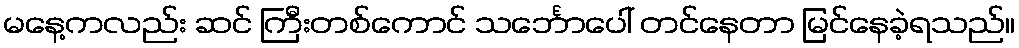
မနေ့ကလည်း ဆင် ကြီးတစ်ကောင် သင်္ဘောပေါ် တင်နေတာ မြင်နေခဲ့ရသည်။